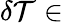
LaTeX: \delta\mathcal{T}\in